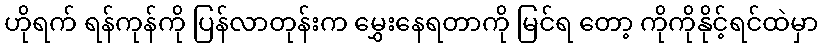
ဟိုရက် ရန်ကုန်ကို ပြန်လာတုန်းက မွှေးနေရတာကို မြင်ရ တော့ ကိုကိုနိုင့်ရင်ထဲမှာ